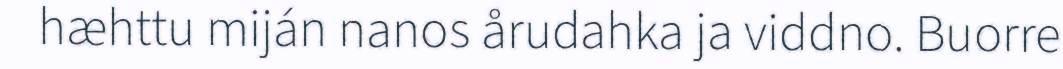
hæhttu miján nanos årudahka ja viddno. Buorre